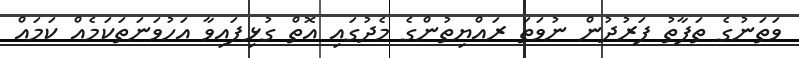
ވަތަނުގެ ތަފާތު ފަރުދުން ނުވަތަ ރައްޔިތުންގެ މެދުގައި އޮތް ގުޅިފައިވާ އަހުވަނަތަކަމެއް ކަމައް